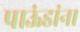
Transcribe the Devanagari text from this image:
पाऊंडांना